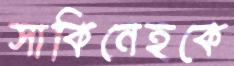
সাকিনেহকে